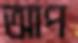
আপ